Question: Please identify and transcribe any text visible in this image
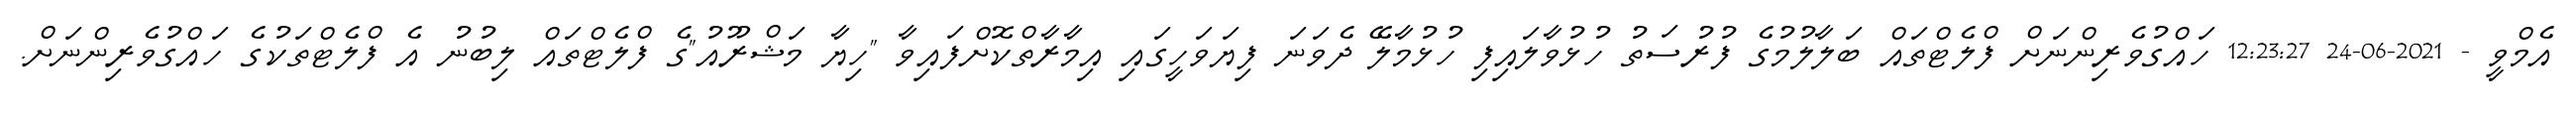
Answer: އެމްވީ - 2021-06-24 12:23:27 ހައްގުވެރިންނަށް ފްލެޓްތައް ބަލާލުމުގެ ފުރުސަތު ހުޅުވާލައިފި ހުޅުމާލޭ ދެވަނަ ފިޔަވަހީގައި އިމާރާތްކޮށްފައިވާ "ހިޔާ މަޝްރޫއު"ގެ ފްލެޓްތައް ލިބުނު އެ ފްލެޓްތަކުގެ ހައްގުވެރިންނަށް.